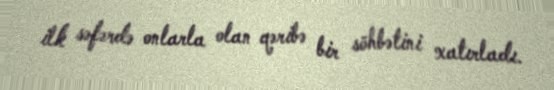
ilk səfərdə onlarla olan qəribə bir söhbətini xatırladı.